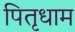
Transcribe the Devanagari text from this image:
पितृधाम